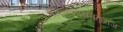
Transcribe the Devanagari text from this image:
श्रीएकनाथमहाराज